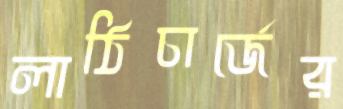
লাঠিচার্জের